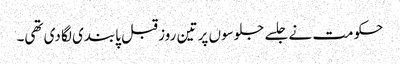
حکومت نے جلسے جلوسوں پر تین روز قبل پابندی لگا دی تھی۔